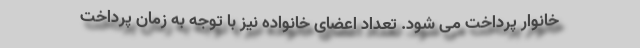
خانوار پرداخت می شود. تعداد اعضای خانواده نیز با توجه به زمان پرداخت